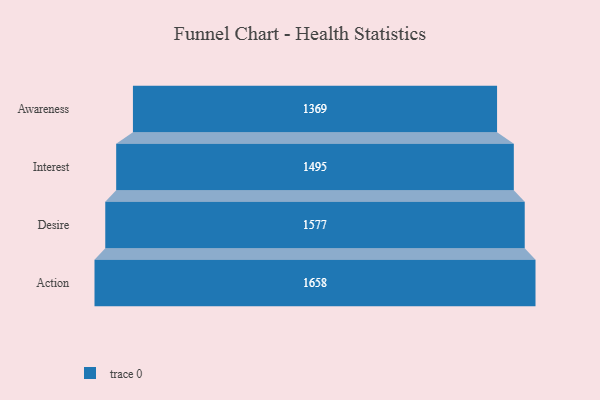
{"axis": {"x": "Stage", "y": "Value"}, "legend": [""], "data": [{"x": "Awareness", "y": 1369.0, "type": ""}, {"x": "Interest", "y": 1495.0, "type": ""}, {"x": "Desire", "y": 1577.0, "type": ""}, {"x": "Action", "y": 1658.0, "type": ""}]}